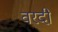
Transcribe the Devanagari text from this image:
वरदी